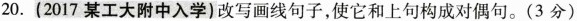
20.(2017某工大附中入学)改写画线句子，使它和上句构成对偶句。(3分)